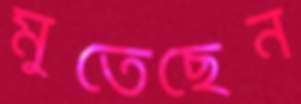
মুতেছেন